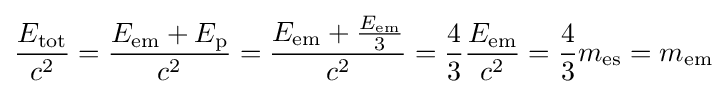
{\frac {E_{\mathrm {tot} }}{c^{2}}}={\frac {E_{\mathrm {em} }+E_{\mathrm {p} }}{c^{2}}}={\frac {E_{\mathrm {em} }+{\frac {E_{\mathrm {em} }}{3}}}{c^{2}}}={\frac {4}{3}}{\frac {E_{\mathrm {em} }}{c^{2}}}={\frac {4}{3}}m_{\mathrm {es} }=m_{\mathrm {em} }